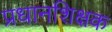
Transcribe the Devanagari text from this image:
प्रधानशिक्षक